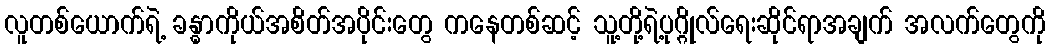
လူတစ်ယောက်ရဲ့ ခန္ဓာကိုယ်အစိတ်အပိုင်းတွေ ကနေတစ်ဆင့် သူ့တို့ရဲ့ပုဂ္ဂိုလ်ရေးဆိုင်ရာအချက် အလက်တွေကို